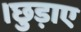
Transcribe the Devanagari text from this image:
।छुड़ाए